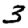
Digit: 3